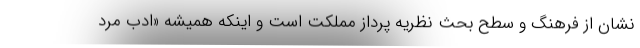
نشان از فرهنگ و سطح بحث نظریه پرداز مملکت است و اینکه همیشه «ادب مرد